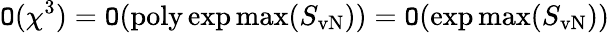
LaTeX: \mathtt{O}(\chi^{3})=\mathtt{O}(\mathrm{{poly}}\exp\operatorname*{max}(S_{\mathrm{{vN}}}))=\mathtt{O}(\exp\operatorname*{max}(S_{\mathrm{{vN}}}))